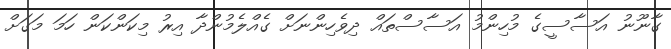
ގާނޫނު އަސާސީގެ މުހިންމު އަސާސްތައް ދިވެހިންނަށް ގެއްލެމުންދާ އިރު މިކަންކަން ހަމަ މަގަށް